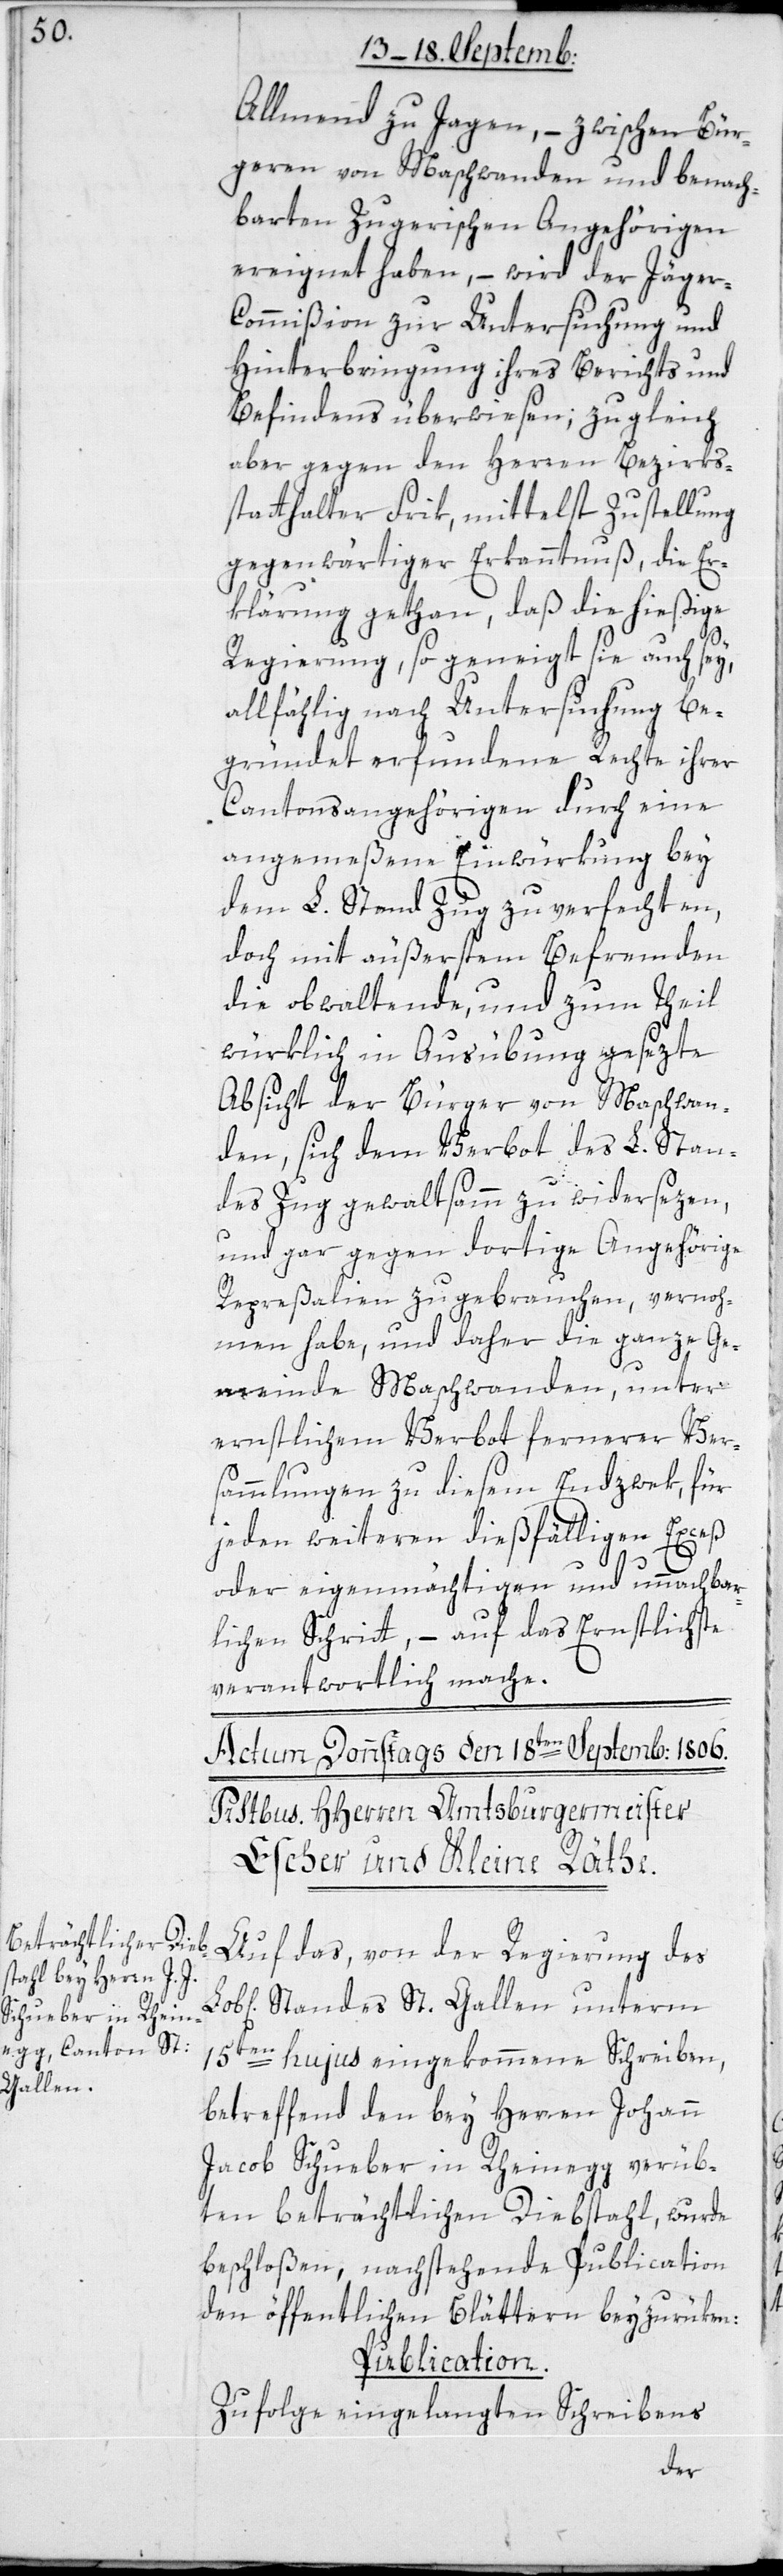
Allmend zu Jagen, – zwischen Bür¬
geren von Maschwanden und benach¬
barten Zugerischen Angehörigen
ereignet haben, – wird der Jäger¬
kommißion zur Untersuchung und
Hinterbringung ihres Berichts und
Befindens überwiesen; zugleich
aber gegen den Herren Bezirks¬
statthalter Frik, mittelst Zustellung
gegenwärtiger Erkanntnuß, die Er¬
klärung gethan, daß die hießige
Regierung, so geneigt sie auch sey,
allfällig nach Untersuchung be¬
gründet erfundene Rechte ihrer
Cantonsangehörigen durch eine
angemeßene Einwürkung bey
dem L. Stand Zug zu verfechten,
doch mit äußerstem Befremden
die obwaltende und zum Theil
würklich in Ausübung gesezte
Absicht der Bürger von Maschwan¬
den, sich dem Verbot des L. Stan¬
des Zug gewaltsamm zu widersetzen,
und gar gegen dortige Angehörige
Regreßalien zu gebrauchen, vernoh¬
men habe, und daher die ganze Ge¬
meinde Maschwanden, unter
ernstlichem Verbot fernerer Ver¬
sammlungen zu diesem Endzwek, für
jeden weiteren dießfälligen Exceß
oder eigenmächtigen und unnachbar¬
lichen Schritt, – auf das Ernstlichste
verantwortlich mache.
Auf das, von der Regierung des
Lobl. Standes St. Gallen unterm
15ten hujus eingekommene Schreiben,
betreffend den bey Herren Johann
Jacob Schueber in Rheinegg verüb¬
ten beträchtlichen Diebstahl, wurde
beschloßen, nachstehende Publication
den öffentlichen Blättern beyzurüken:
Publication.
Zufolge eingelangten Schreibens